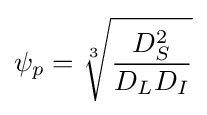
\psi _{p}={\sqrt[{3}]{\frac {D_{S}^{2}}{D_{L}D_{I}}}}